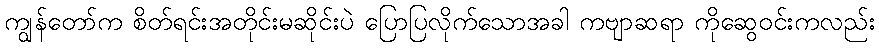
ကျွန်တော်က စိတ်ရင်းအတိုင်းမဆိုင်းပဲ ပြောပြလိုက်သောအခါ ကဗျာဆရာ ကိုဆွေဝင်းကလည်း